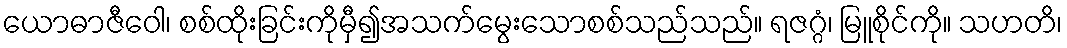
ယောဓာဇီဝေါ၊ စစ်ထိုးခြင်းကိုမှီ၍အသက်မွေးသောစစ်သည်သည်။ ရဇဂ္ဂံ၊ မြူစိုင်ကို။ သဟတိ၊